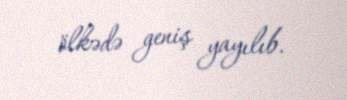
ölkədə geniş yayılıb.